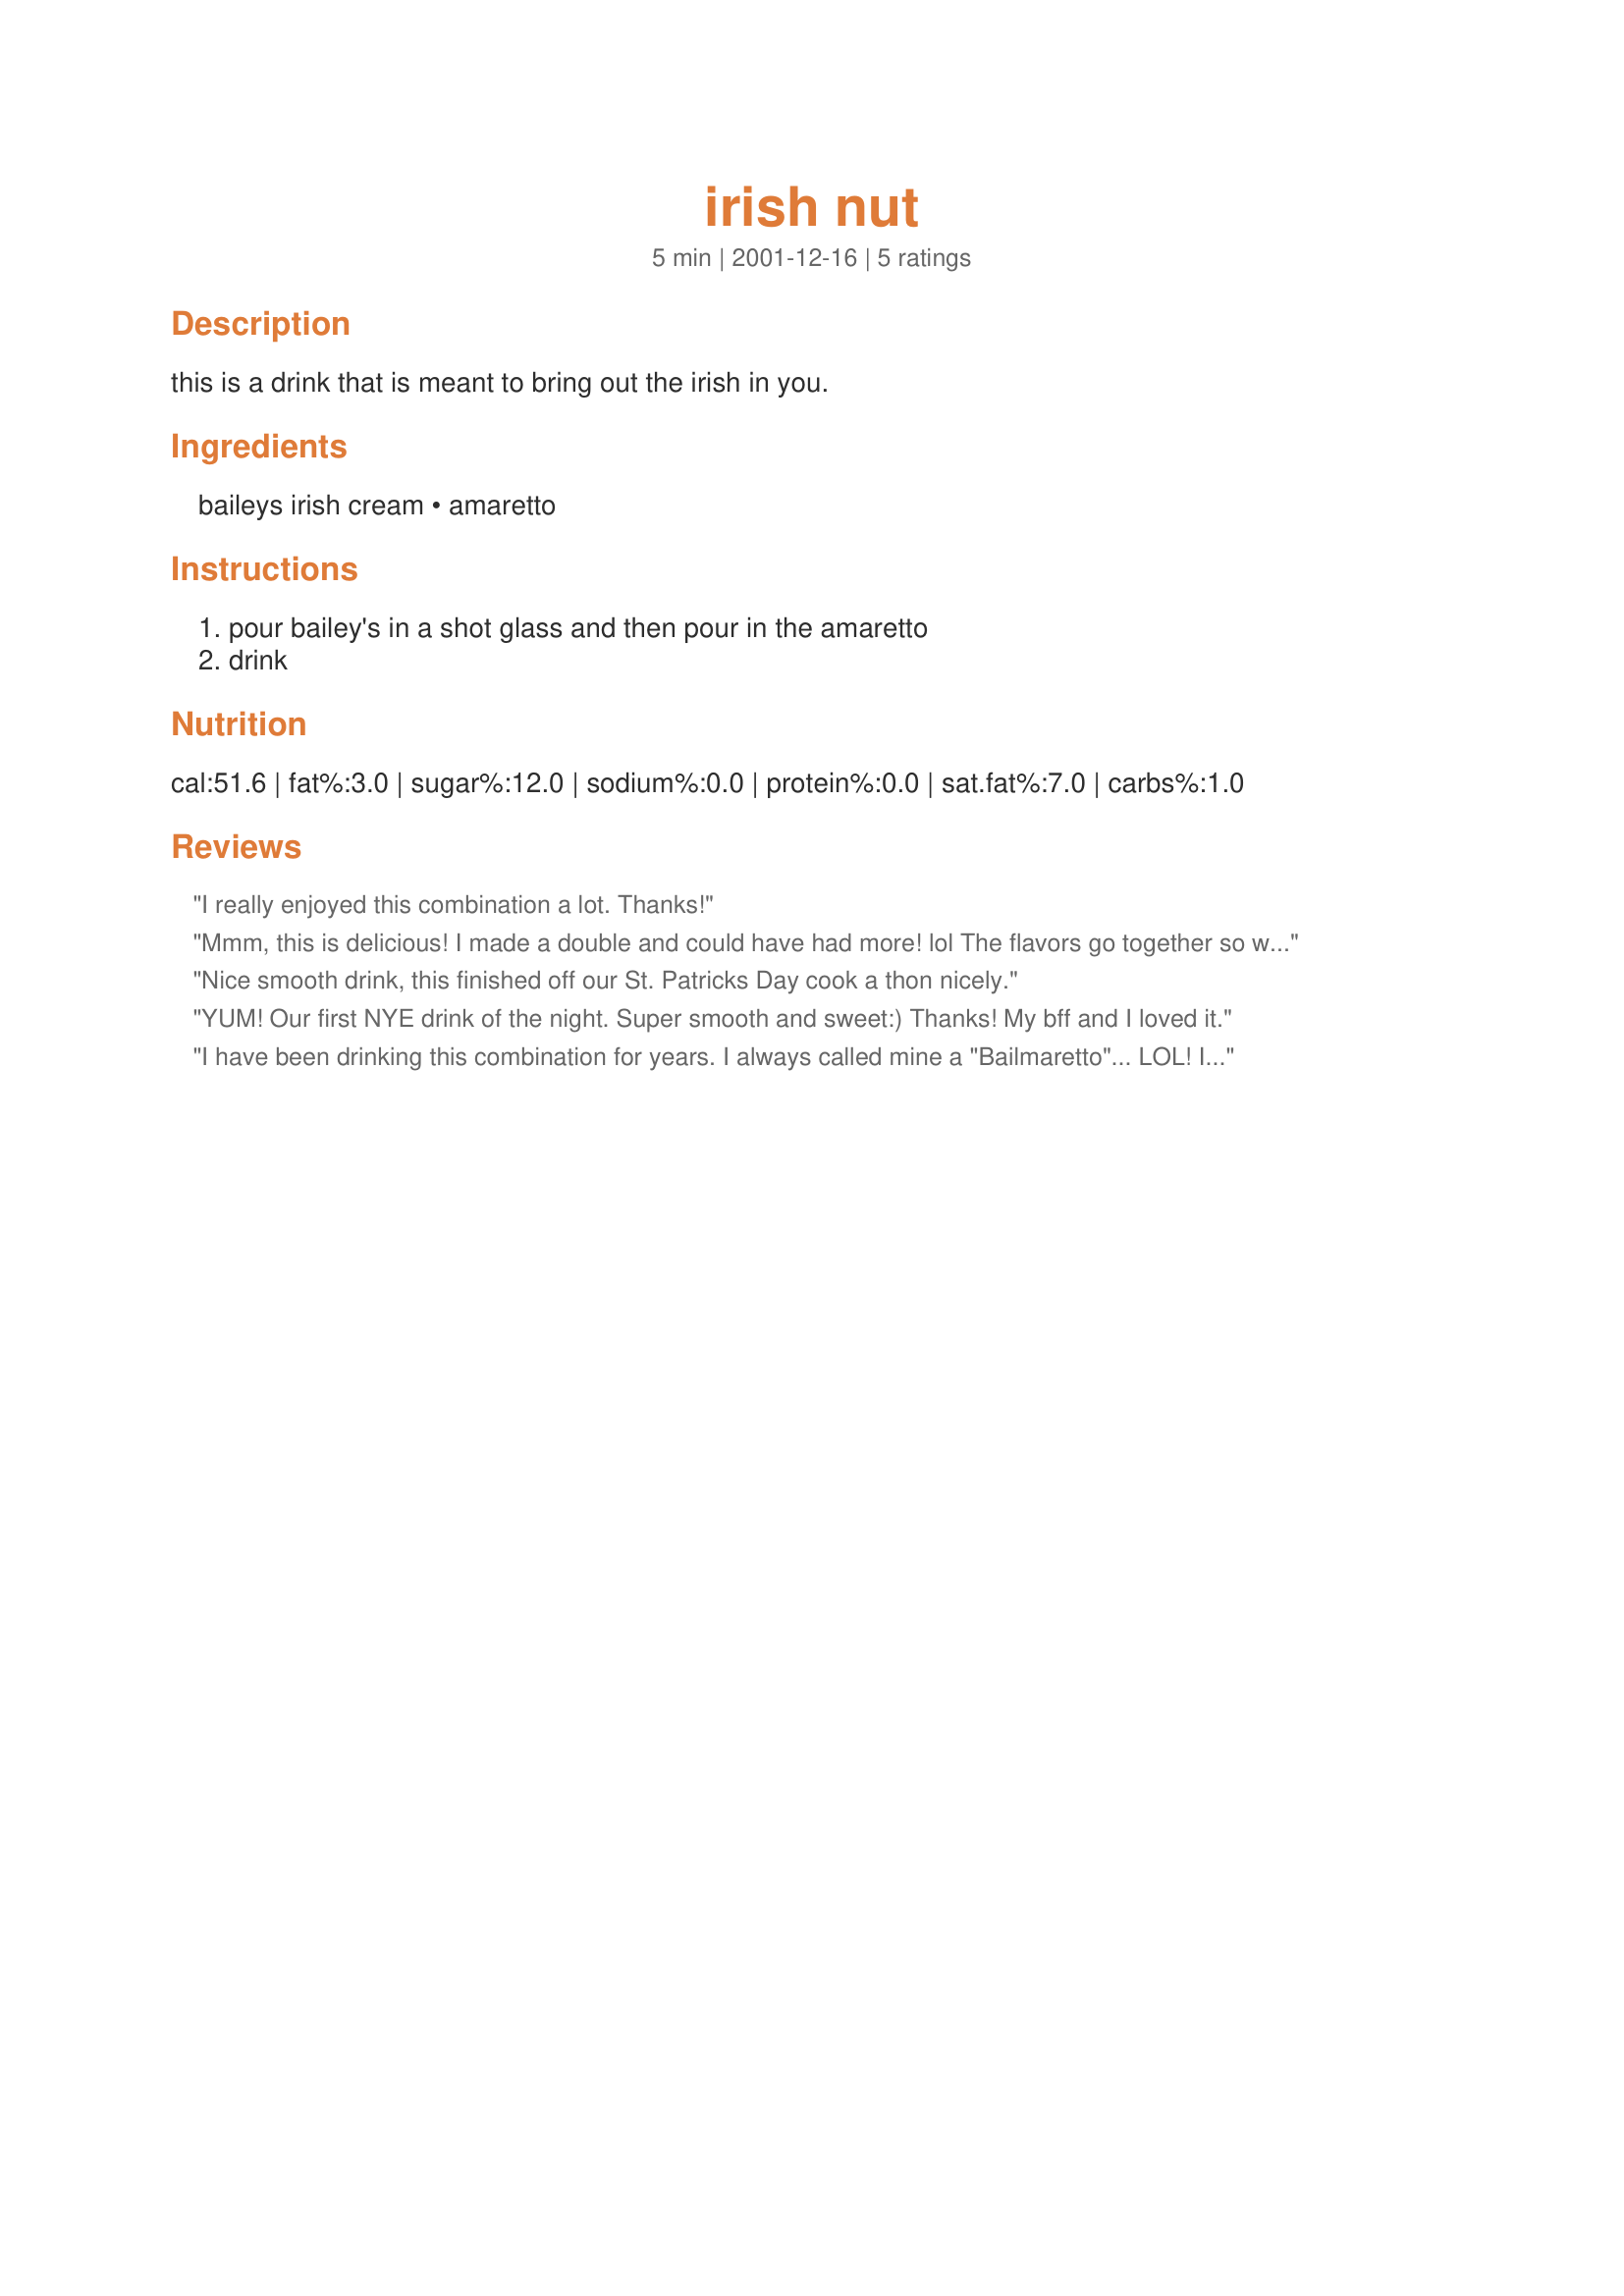
irish nut
Preparation time: 5 minutes

this is a drink that is meant to bring out the irish in you.

Ingredients:
baileys irish cream, amaretto

Steps:
pour bailey's in a shot glass and then pour in the amaretto, drink

Reviews:
I really enjoyed this combination a lot. Thanks!
Mmm, this is delicious! I made a double and could have had more! lol The flavors go together so well, and it is so very creamy. Warms you up through and through. Great recipe! Thanks for sharing.
Nice smooth drink, this finished off our St. Patricks Day cook a thon nicely.
YUM! Our first NYE drink of the night. Super smooth and sweet:) Thanks! My bff and I loved it.
I have been drinking this combination for years. I always called mine a "Bailmaretto"... LOL! It is a tasty blend that is well worth sharing with others (assuming there is enough to go around that is)!
